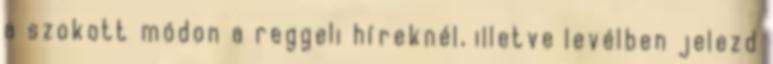
a szokott módon a reggeli híreknél, illetve levélben jelezd